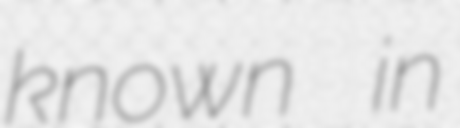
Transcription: known in